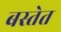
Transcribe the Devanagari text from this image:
बस्तेत